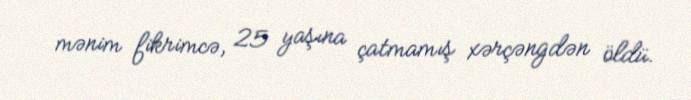
mənim fikrimcə, 25 yaşına çatmamış xərçəngdən öldü.